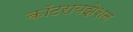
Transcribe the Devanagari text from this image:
कॉटरायझेशन